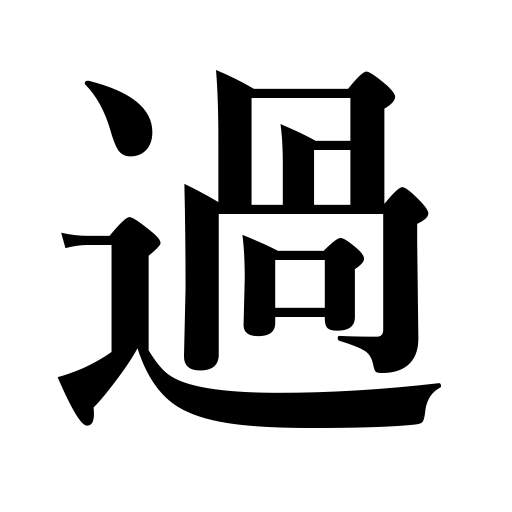
Meanings: spend,live,exceed,go past,go through,eat too much,excess,tide over,err,error,fault,elapse,indiscretion,pass